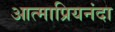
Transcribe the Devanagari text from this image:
आत्माप्रियनंदा